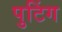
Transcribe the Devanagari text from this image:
पुटिंग